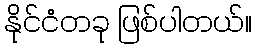
နိုင်ငံတခု ဖြစ်ပါတယ်။